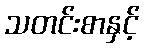
သတင်းစာနှင့်